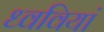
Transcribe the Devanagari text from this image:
ध्ववियां